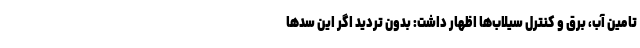
تامین آب، برق و کنترل سیلاب‌ها اظهار داشت: بدون تردید اگر این سدها